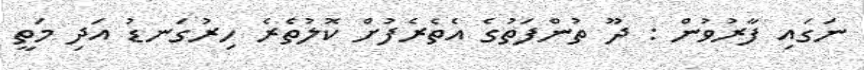
ނަގައި ފާރުވުން : ދޫ ތުންފަތުގެ އެތެރެފުށް ކޮލުތެރެ ހިރުގަނޑު އަދި މަތީ